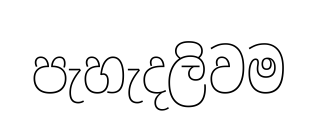
පැහැදලිවම